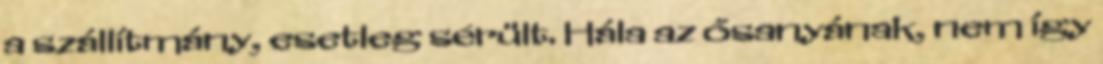
a szállítmány, esetleg sérült. Hála az ősanyának, nem így